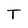
Character: T